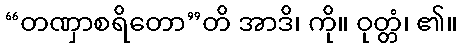
“တဏှာစရိတော”တိ အာဒိ၊ ကို။ ဝုတ္တံ၊ ၏။